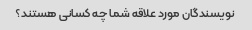
نویسندگان مورد علاقه شما چه کسانی هستند؟